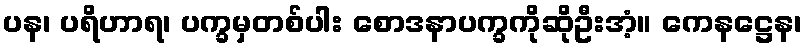
ပန၊ ပရိဟာရ၊ ပက္ခမှတစ်ပါး စောဒနာပက္ခကိုဆိုဦးအံ့။ ကေနဋ္ဌေန၊